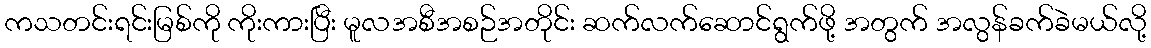
ကသတင်းရင်းမြစ်ကို ကိုးကားပြီး မူလအစီအစဉ်အတိုင်း ဆက်လက်ဆောင်ရွက်ဖို့ အတွက် အလွန်ခက်ခဲမယ်လို့